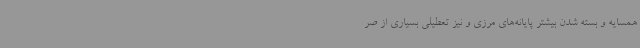
همسایه و بسته شدن بیشتر پایانه‌های مرزی و نیز تعطیلی بسیاری از صر